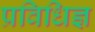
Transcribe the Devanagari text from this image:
प्रविधिज्ञ